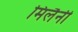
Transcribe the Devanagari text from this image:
मिलैनी